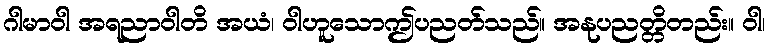
ဂါမာဝါ အရညာဝါတိ အယံ၊ ဝါဟူသောဤပညတ်သည်။ အနုပညတ္တိတည်း။ ဝါ၊